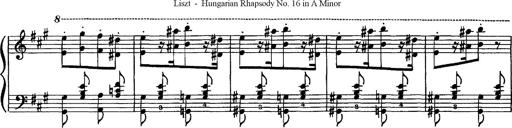
Title: Hungarian Rhapsody No.16
Composer: Franz Liszt
Key: A minor